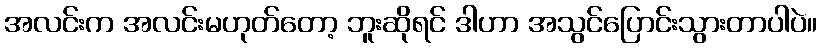
အလင်းက အလင်းမဟုတ်တော့ ဘူးဆိုရင် ဒါဟာ အသွင်ပြောင်းသွားတာပါပဲ။